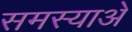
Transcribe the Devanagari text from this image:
समस्याअें